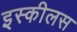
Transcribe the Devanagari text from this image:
इस्कीलस